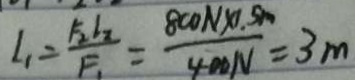
L _ { 1 } = \frac { F _ { 2 } l _ { 2 } } { F _ { 1 } } = \frac { 8 0 0 N \times 1 . 5 m } { 4 0 0 N } = 3 m